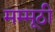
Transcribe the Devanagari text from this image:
मम्मूठी